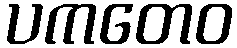
ပကတေဝ